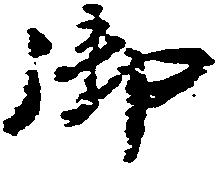
御